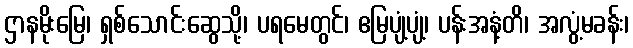
ဌာနမိုးမြေ၊ ရှစ်သောင်းဆွေသို့၊ ပရမေတွင်၊ ဧမြပျံ့ပျံ့၊ ပန်းအနံ့တိ၊ အလွံ့မခန်း၊